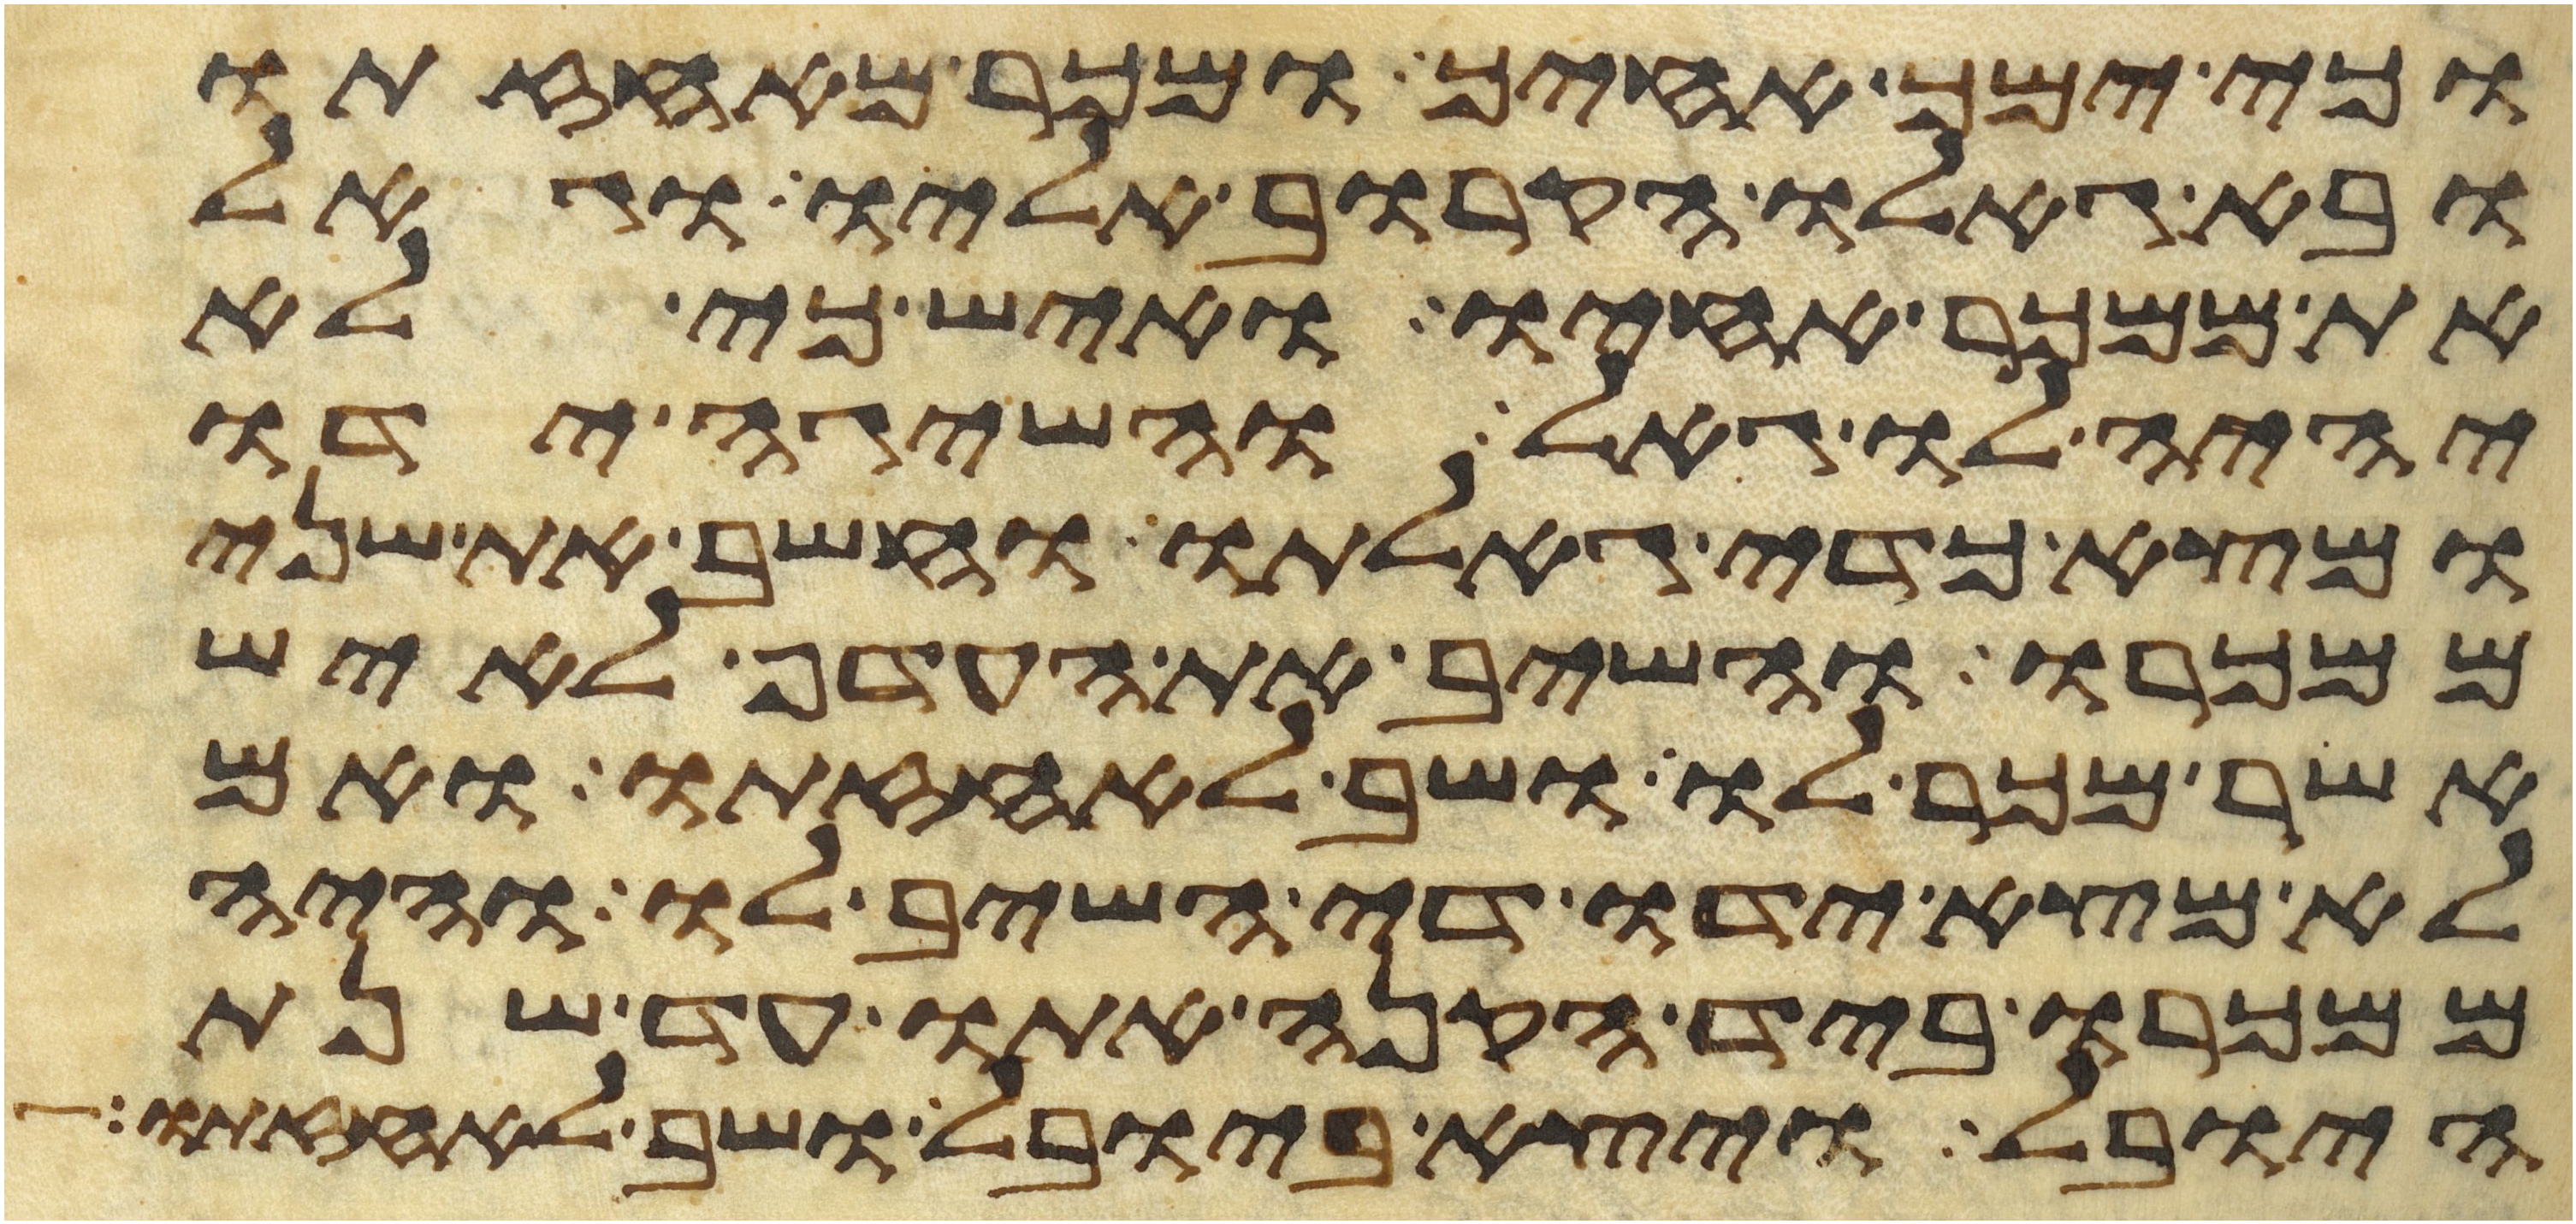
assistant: וכי ימך אחיך ומכר מאחזתו
ובא גאלו הקרוב אליו וגאל
את ממכר אחיו ואיש כי לא
יהיה לו גאל והשיגה ידו
ומצא כדי גאלתו וחשב את שני
ממכרו והשיב את העדף לאיש
אשר מכר לו ושב לאחזתו ואם
לא מצא ידו די השיב לו והיה
ממכרו ביד הקנה אתו עד שנת
היובל ויצא ביובל ושב לאחזתו